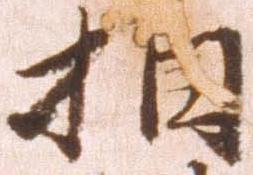
相